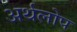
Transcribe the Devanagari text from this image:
अर्थलोप